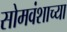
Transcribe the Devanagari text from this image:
सोमवंशाच्या